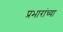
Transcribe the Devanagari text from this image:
प्रभारांच्या